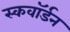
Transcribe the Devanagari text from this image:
स्कवाॅर्डन